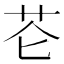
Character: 𰰨